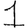
Digit: 1